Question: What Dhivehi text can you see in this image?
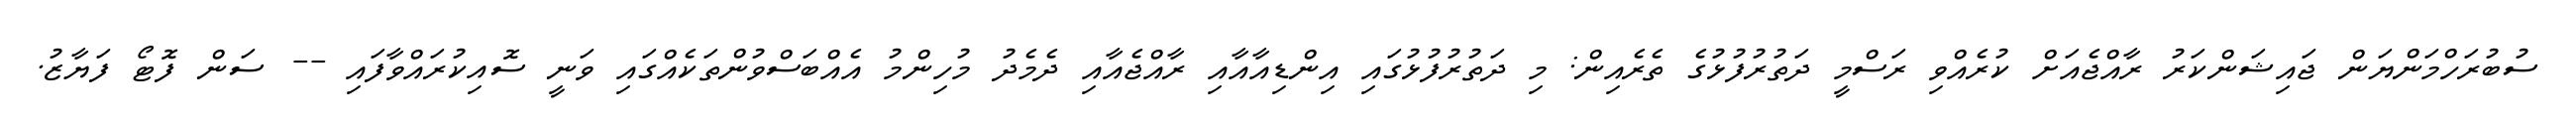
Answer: ސުބުރަހްމަންޔަން ޖައިޝަންކަރު ރާއްޖެއަށް ކުރެއްވި ރަސްމީ ދަތުރުފުޅުގެ ތެރެއިން: މި ދަތުރުފުޅުގައި އިންޑިއާއާއި ރާއްޖެއާއި ދެމެދު މުހިންމު އެއްބަސްވުންތަކެއްގައި ވަނީ ސޮއިކުރައްވާފައި -- ސަން ފޮޓޯ ފަޔާޒު.